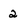
Character: 2